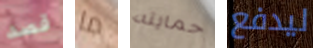
قصد ما حمايته ليدفع